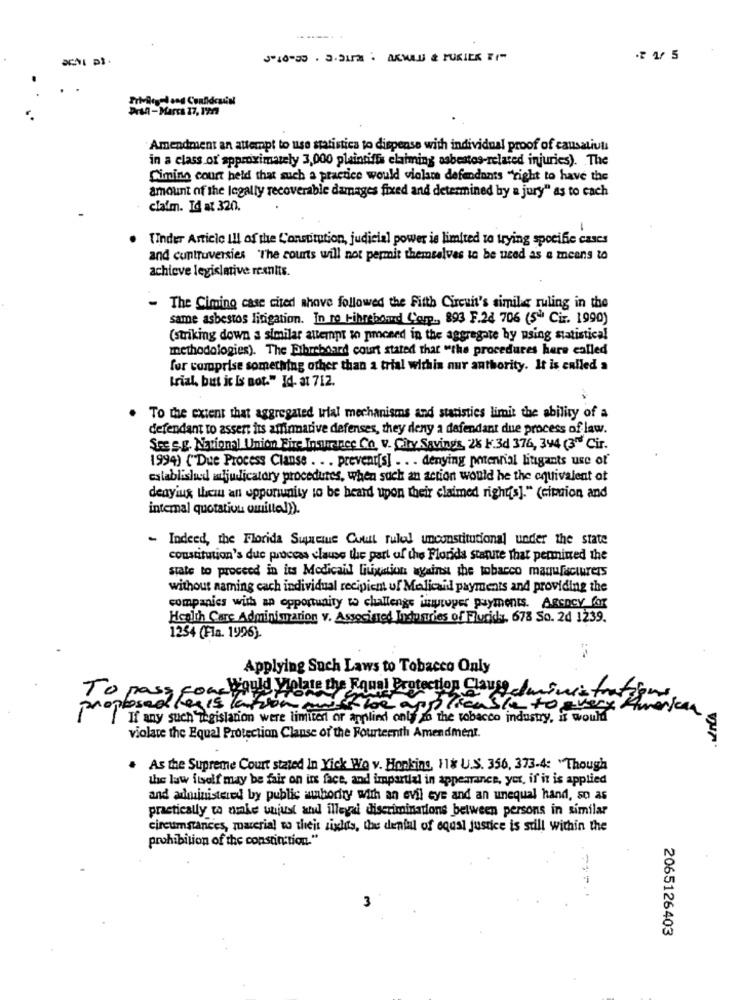
.2 15
Dran-Marca 17, 1999
Amendment an attempt to use statistica to dispense with individual proof of causatiuti
in a class or approximately 3,000 plaintiffs claiming asbestos-related injuries). . The
Cimino court held that such a practice would violar defendants "right to have the
amount of the legally recoverable damages fixed and determined by a jury" as to cach
claim. Id at 320.
Tinder Article Ill of the Constitution, judicial power is limited to trying specifie cases
and cuntruversies "The courts will not permit themselves to be used as a means to
achieve legislative rexnits.
- The Cimino case cited shave followed the Fifth Circuit's simile ruling in the
same asbestos litigation. In no t-ihreboard Corp ., 893 F.24 706 (5" Ciz. 1990)
(striking down a similar attempt to pmceed in the aggregate by using statistical
methodologies). The Fibreboard court stated that "the procedures here called
for comprise something other than a trial withis nur anthority. It is called a
trial, but it Is not." Id- at 712.
To the extent that aggregated trial mechanisms and statistics limit the ability of a
defendant to assert its afirmarive defenses, they deny a defendant due process of law.
SEE S.E. National Union Fine Insurance Co. V. City Savings, 2% F.3d 376, 344 (3" Cir.
1994) {"Due Process Clanse . . . prevent[s] . . . denying potential litigants use of
establishud mjudicatory procedures, when such an action would be the equivalent of
deayius them an opponunity to be heard upon their claimed rights]." (cition and
intemal quotation omittel)).
- Indeed, the Florida Supreme Court rulal unconstitutional under the state
constitution's due process clause the part of the Florida stanne that permined the
state to proceed in its Modicail litigation against the tobacco manufacturers
without naming cach individual recipient uf Medicaid payments and providing the
companies with an opportunity to challenge improper payments. Agency for
Health Care Adminimarion v. Associated Industries of Flucidy, 678 So. 24 1239.
1254 (Fla. 1996)
Applying Such Laws to Tobacco Only
To pass four Would Violate the Equal Protection Clause c/minis frates
proposed
And the applicable to every American
If any such legislation were limited or applied only in the tobacco industry, it would
violate the Equal Protection Clanse of the Fourteenth Amendment.
As the Supreme Court stated In Yick Wo v. Honking, 11& U.S. 356, 373-4: Though
the law itself may be fair on irs face, and impartial in appearance, yer, if it is applied
and administered by public ambody with an evil eye and an unequal hand, so as
practically to nike unjust atul illegal discriminations between persons in similar
circumstances, material to theis sixlis, the denful of equal justice is still within the
prohibition of the constin tion."
3
2065126403